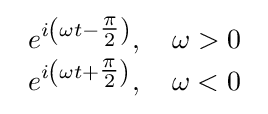
{\begin{array}{lll}e^{i\left(\omega t-{\tfrac {\pi }{2}}\right)},\quad \omega >0\\e^{i\left(\omega t+{\tfrac {\pi }{2}}\right)},\quad \omega <0\end{array}}